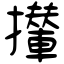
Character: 攆